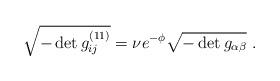
LaTeX: \begin{align*}\sqrt{-\det g_{ij}^{(11)}} = \nu e^{-\phi}\sqrt{-\det g_{\alpha\beta}}\ .\end{align*}